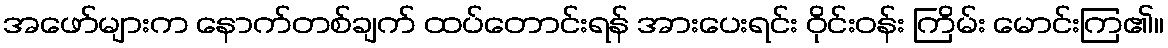
အဖော်များက နောက်တစ်ချက် ထပ်တောင်းရန် အားပေးရင်း ဝိုင်းဝန်း ကြိမ်း မောင်းကြ၏။